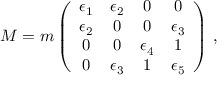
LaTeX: M = m \left( \begin{array} { c c c c } { { \epsilon _ { 1 } } } & { { \epsilon _ { 2 } } } & { { 0 } } & { { 0 } } \\ { { \epsilon _ { 2 } } } & { { 0 } } & { { 0 } } & { { \epsilon _ { 3 } } } \\ { { 0 } } & { { 0 } } & { { \epsilon _ { 4 } } } & { { 1 } } \\ { { 0 } } & { { \epsilon _ { 3 } } } & { { 1 } } & { { \epsilon _ { 5 } } } \end{array} \right) \, ,